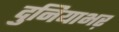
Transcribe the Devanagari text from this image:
दुनियाभऱ